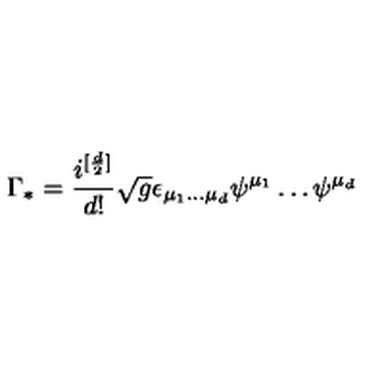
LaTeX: \Gamma _ { * } = \frac { i ^ { [ \frac { d } { 2 } ] } } { d ! } \sqrt { g } \epsilon _ { \mu _ { 1 } \dots \mu _ { d } } \psi ^ { \mu _ { 1 } } \dots \psi ^ { \mu _ { d } }